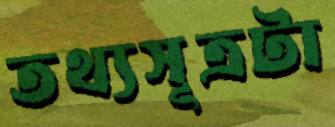
তথ্যসূত্রটা